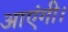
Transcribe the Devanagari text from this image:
आएंगी।